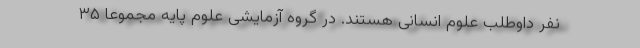
نفر داوطلب علوم انسانی هستند. در گروه آزمایشی علوم پایه مجموعا ۳۵